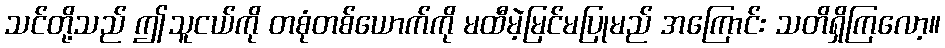
သင်တို့သည် ဤသူငယ်ကို တစုံတစ်ယောက်ကို မထီမဲ့မြင်မပြုမည် အကြောင်း သတိရှိကြလော့။